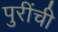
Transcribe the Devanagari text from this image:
पुरींची